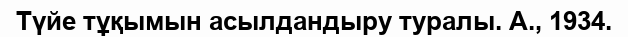
Түйе тұқымын асылдандыру туралы. А., 1934.